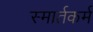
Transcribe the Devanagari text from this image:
स्मार्तकर्म